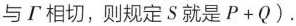
与\tau 相切，则规定S就是$$P + Q$$。}